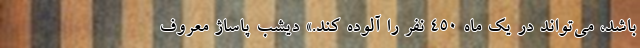
باشد، می‌تواند در یک ماه ۴۵۰ نفر را آلوده ‌کند.» دیشب پاساژ معروف